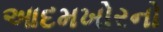
આદમખોરનો